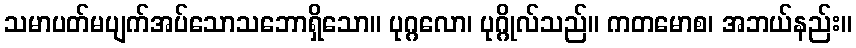
သမာပတ်မပျက်အပ်သောသဘောရှိသော။ ပုဂ္ဂလော၊ ပုဂ္ဂိုလ်သည်။ ကတမောစ၊ အဘယ်နည်း။